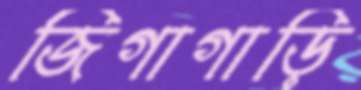
জিগাগাড়ি